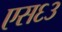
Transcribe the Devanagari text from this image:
एस६३